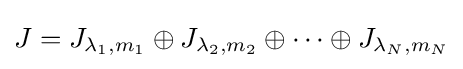
J=J_{\lambda _{1},m_{1}}\oplus J_{\lambda _{2},m_{2}}\oplus \cdots \oplus J_{\lambda _{N},m_{N}}